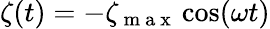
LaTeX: \zeta(t)=-\zeta_{\mathrm{~m~a~x~}}\cos(\omega t)